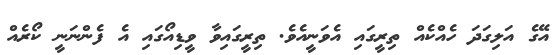
އޭގެ އަލިގަދަ ހެއްކެއް ތިރީގައި އެވަނީއެވެ. ތިރީގައިވާ ވީޑިއޯގައި އެ ފެންނަނީ ކޯރެއް